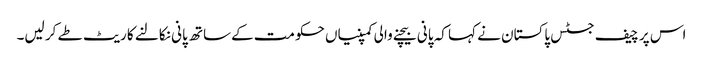
اس پر چیف جسٹس پاکستان نے کہا کہ پانی بیچنے والی کمپنیاں حکومت کےساتھ پانی نکالنے کا ریٹ طے کر لیں۔